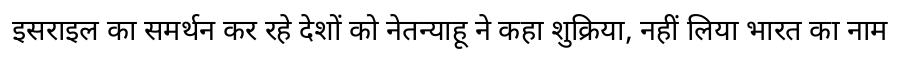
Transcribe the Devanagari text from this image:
इसराइल का समर्थन कर रहे देशों को नेतन्याहू ने कहा शुक्रिया, नहीं लिया भारत का नाम